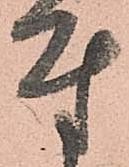
付